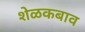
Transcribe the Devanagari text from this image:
शेळकबाव